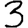
Digit: 3